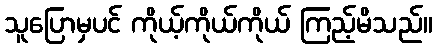
သူပြောမှပင် ကိုယ့်ကိုယ်ကိုယ် ကြည့်မိသည်။